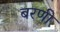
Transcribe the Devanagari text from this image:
बरणी